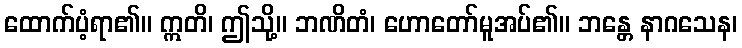
ထောက်ပံ့ရာ၏။ ဣတိ၊ ဤသို့။ ဘဏိတံ၊ ဟောတော်မူအပ်၏။ ဘန္တေ နာဂသေန၊